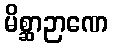
မိစ္ဆာဉာဏေ